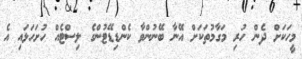
މީހަކަށް ދެން ހުރި މަގާމުތަކަށް އޭނާ ބޭނުންވާ ކެންޑިޑޭޓުންގެ ލިސްޓެއް ހުށަހަޅައި އެ